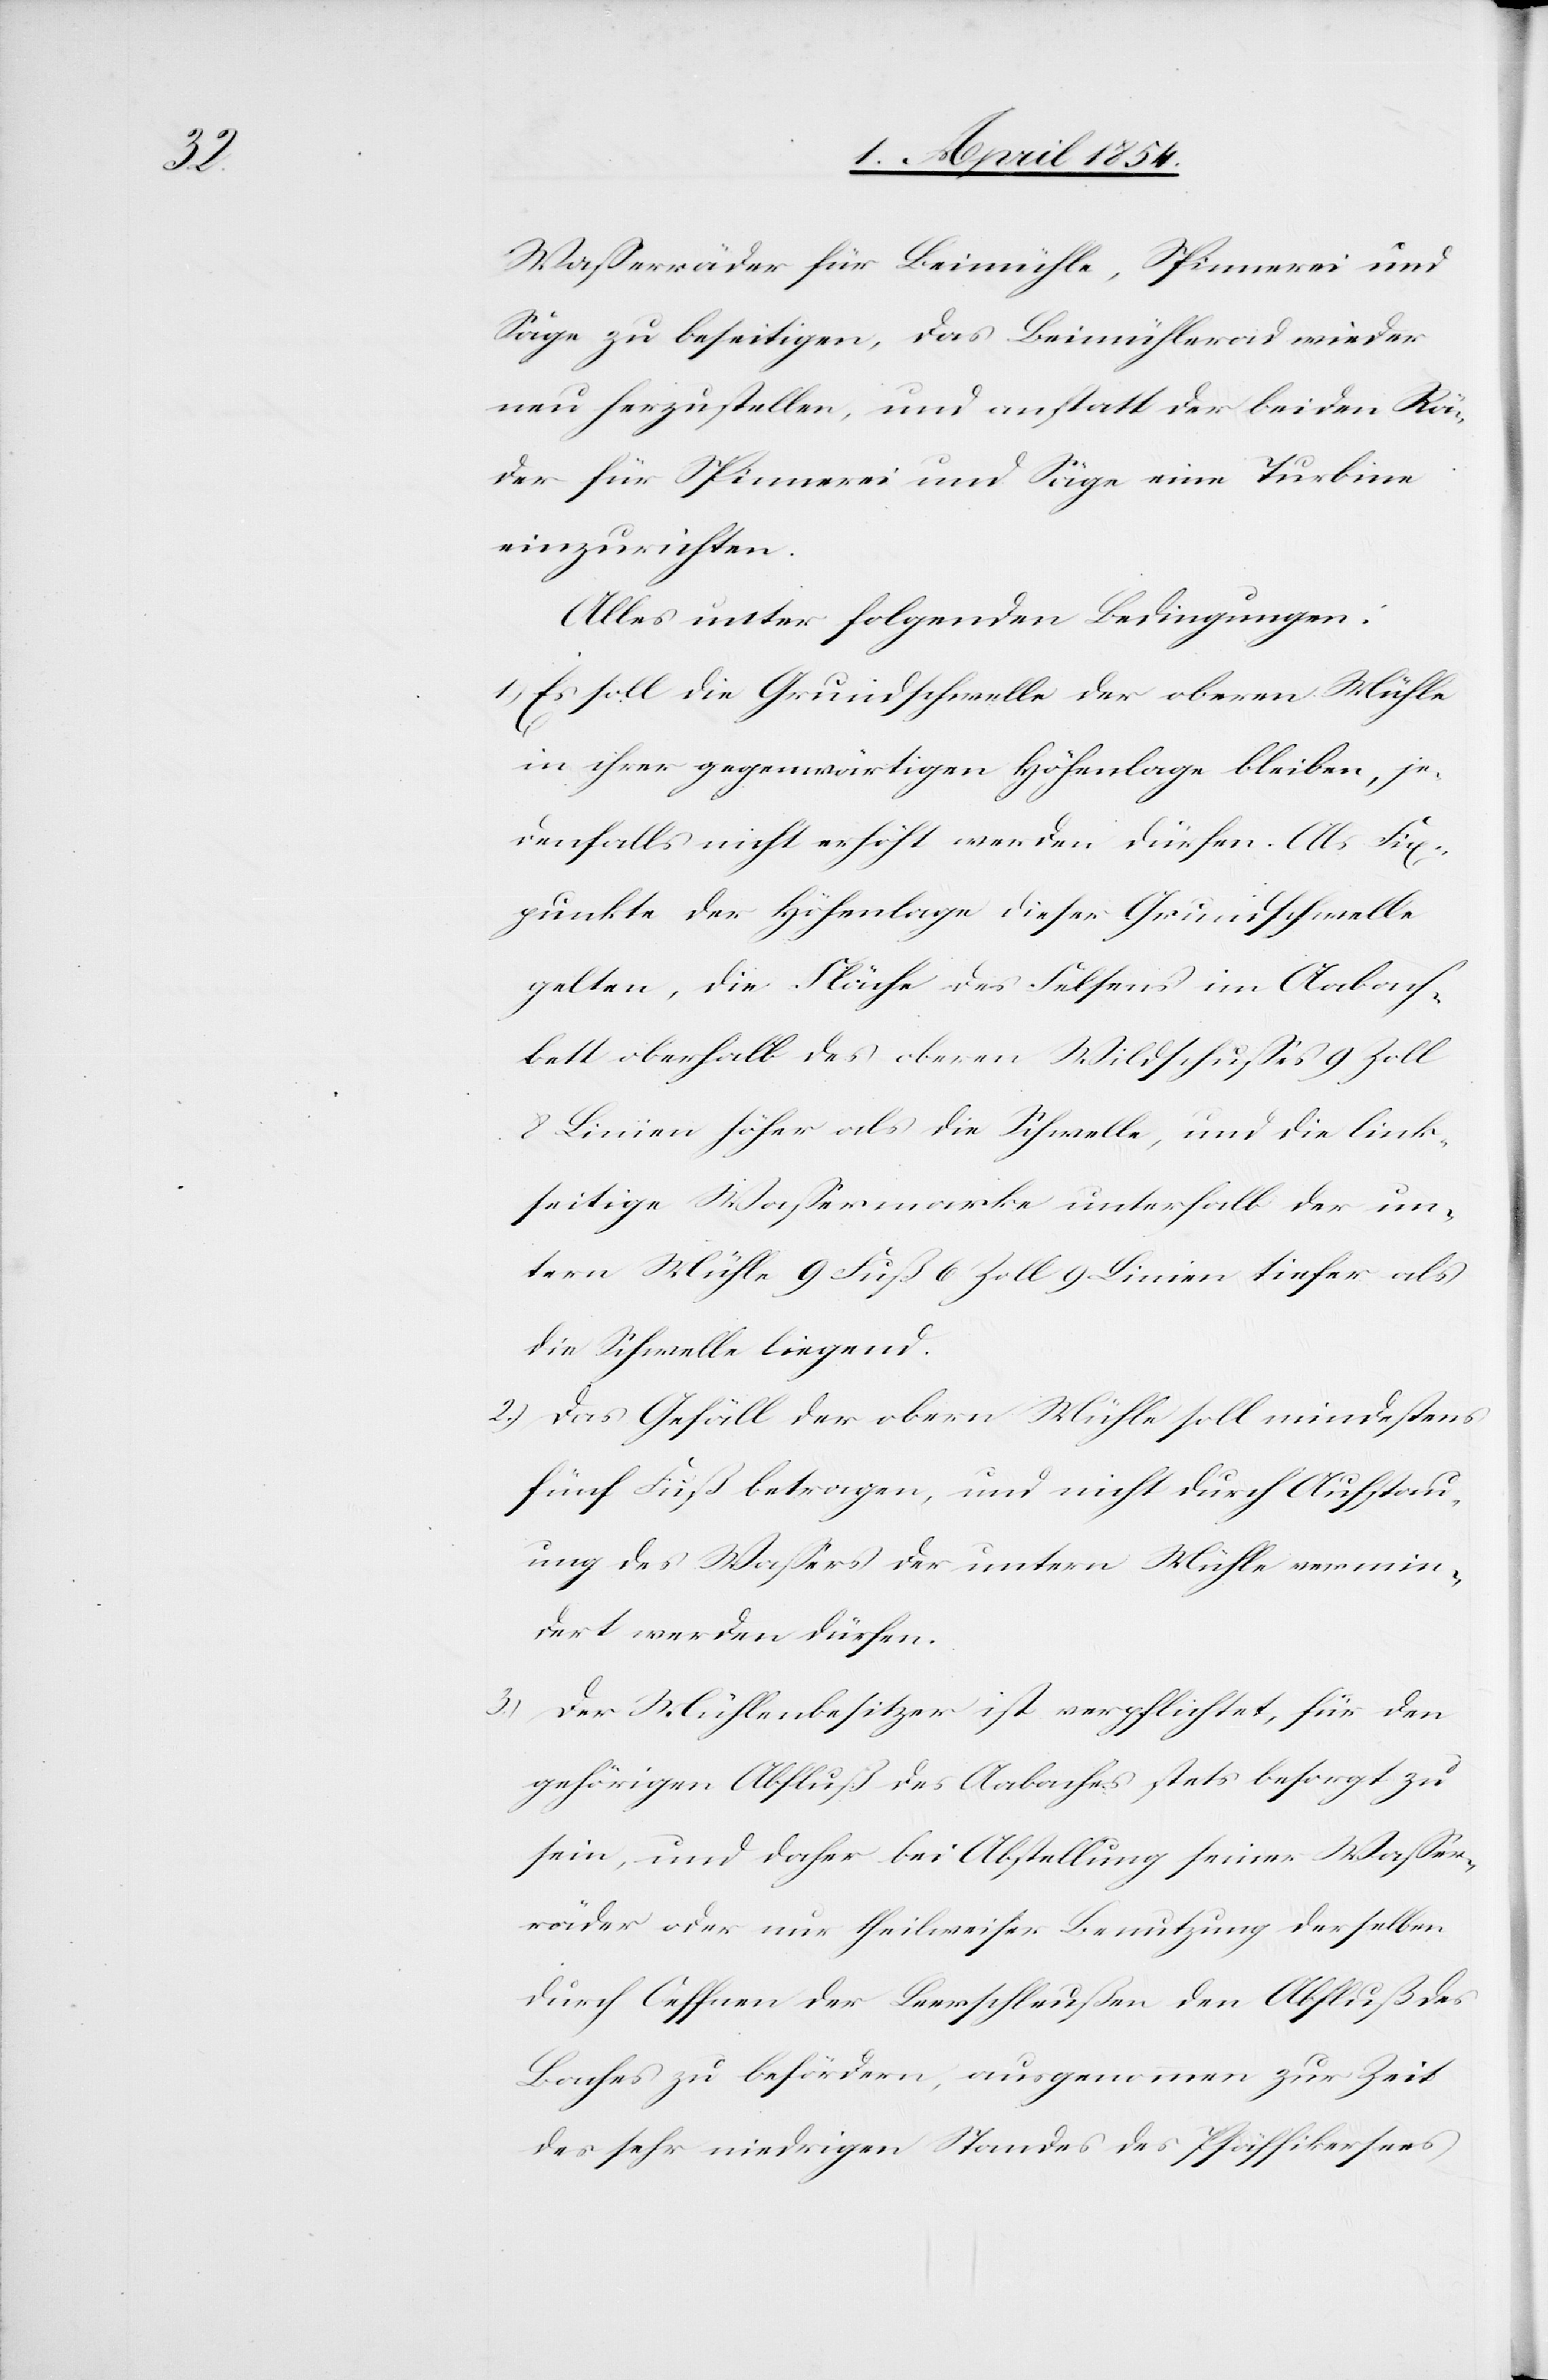
Waßerräder für Beimühle, Spinnerei und
Säge zu beseitigen, das Beimühlerad wieder
neu herzustellen, und anstatt der beiden Rä¬
der für Spinnerei und Säge eine Turbine
einzurichten.
Alles unter folgenden Bedingungen:
1.) Es soll die Grundschwelle der oberen Mühle
in ihrer gegenwärtigen Höhenlage bleiben, je¬
denfalls nicht erhöht werden dürfen. Als Fix¬
punkte der Höhenlage dieser Grundschwelle
gelten, die Fläche des Felsens im Aabach¬
bett oberhalb des oberen Wildschußes 9 Zoll
8 Linien höher als die Schwelle, und die link¬
seitige Waßermarke unterhalb der un¬
tern Mühle 9 Fuß 6 Zoll 9 Linien tiefer als
die Schwelle liegend.
2.) Das Gefällt der obern Mühle soll mindestens
fünf Fuß betragen, und nicht durch Aufstau¬
ung des Waßers der untern Mühle vermin¬
dert werden dürfen.
3.) Der Mühlenbesitzer ist verpflichtet, für den
gehörigen Abfluß des Aabaches stets besorgt zu
sein, und daher bei Abstellung seiner Waßer¬
räder oder nur theilweiser Benutzung derselben
durch Oeffnen der Leerschleußen den Abfluß des
Baches zu befördern, ausgenommen zur Zeit
des sehr niedrigen Standes des Pfäffikersees